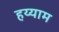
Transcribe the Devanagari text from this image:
हय्याम